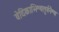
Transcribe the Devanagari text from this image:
वेदिकाभिश्चतुर्वनैश्च